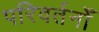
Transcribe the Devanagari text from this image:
परिवर्तनोँ